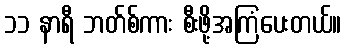
၁၁ နာရီ ဘတ်စ်ကား စီးဖို့အကြံပေးတယ်။